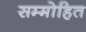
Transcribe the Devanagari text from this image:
सम्‍मोहित